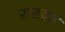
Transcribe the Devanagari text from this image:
रुख्वत